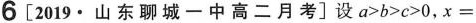
6[2019·山东聊城一中高二月考]设$$a>b>c>0$$，x=